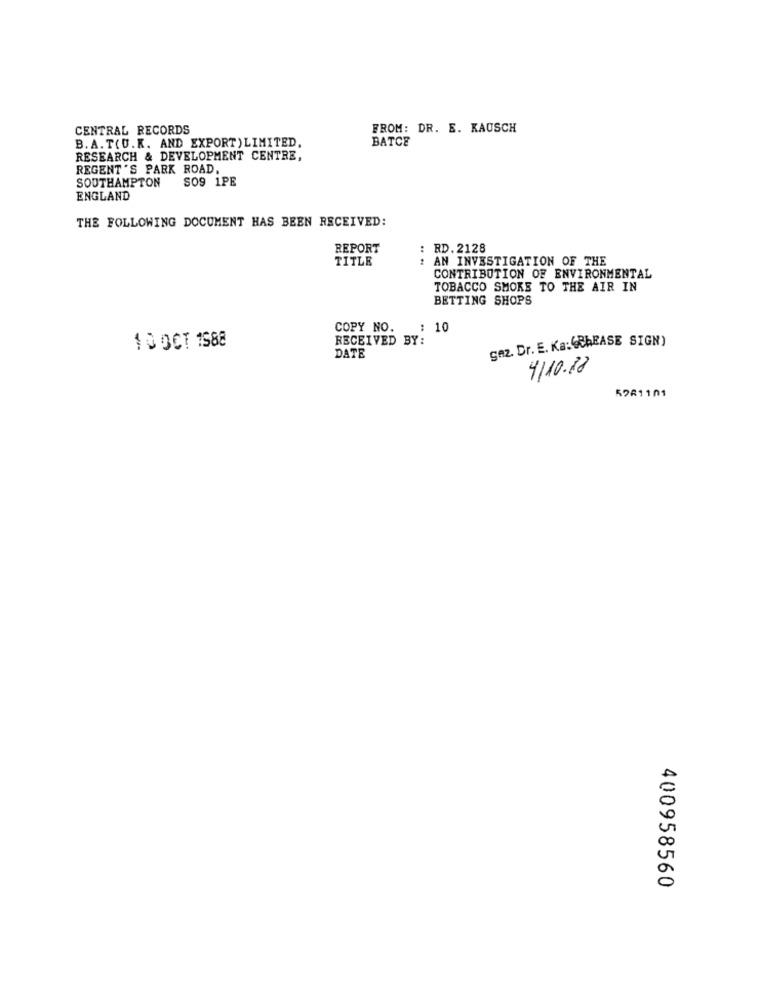
CENTRAL RECORDS
FROM: DR. E. KAUSCH
B.A.T(U.K. AND EXPORT) LIMITED,
BATCE
RESEARCH & DEVELOPMENT CENTRE,
REGENT'S PARK ROAD.
SO9 1PE
SOUTHAMPTON
ENGLAND
THE FOLLOWING DOCUMENT HAS BEEN RECEIVED:
REPORT
: RD. 2128
TITLE
AN INVESTIGATION OF THE
CONTRIBUTION OF ENVIRONMENTAL
TOBACCO SMOKE TO THE AIR IN
BETTING SHOPS
COPY NO.
: 10
..
RECEIVED BY:
gez. Dr. E. Ka:(ChEASE SIGN)
10 OCT 1988
DATE
4/10-18
5281101
400958560